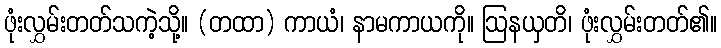
ဖုံးလွှမ်းတတ်သကဲ့သို့။ (တထာ) ကာယံ၊ နာမကာယကို။ ဩနယှတိ၊ ဖုံးလွှမ်းတတ်၏။